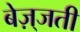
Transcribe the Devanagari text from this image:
बेज़्जती